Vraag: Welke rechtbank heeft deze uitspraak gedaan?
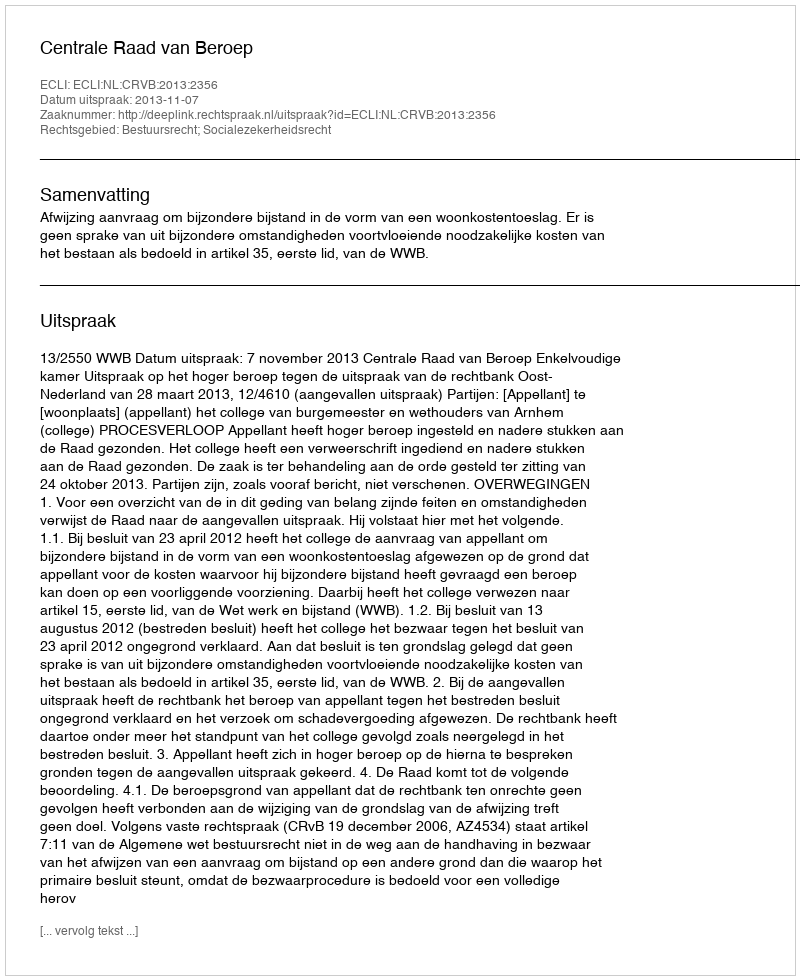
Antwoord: Centrale Raad van Beroep